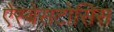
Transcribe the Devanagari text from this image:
ऐस्बेसटोसिस